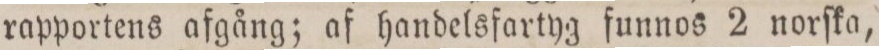
rapportens afgång; af handelsfartyg funnos 2 norſka,